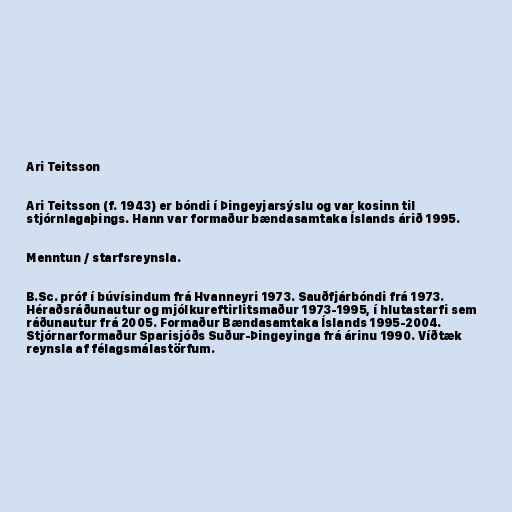
Ari Teitsson

Ari Teitsson (f. 1943) er bóndi í Þingeyjarsýslu og var kosinn til
stjórnlagaþings. Hann var formaður bændasamtaka Íslands árið 1995.

Menntun / starfsreynsla.

B.Sc. próf í búvísindum frá Hvanneyri 1973. Sauðfjárbóndi frá 1973.
Héraðsráðunautur og mjólkureftirlitsmaður 1973-1995, í hlutastarfi sem
ráðunautur frá 2005. Formaður Bændasamtaka Íslands 1995-2004.
Stjórnarformaður Sparisjóðs Suður-Þingeyinga frá árinu 1990. Víðtæk
reynsla af félagsmálastörfum.